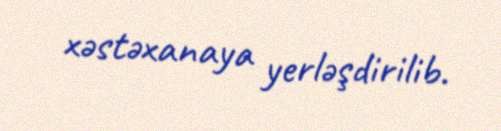
xəstəxanaya yerləşdirilib.